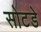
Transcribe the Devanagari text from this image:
सोटडे